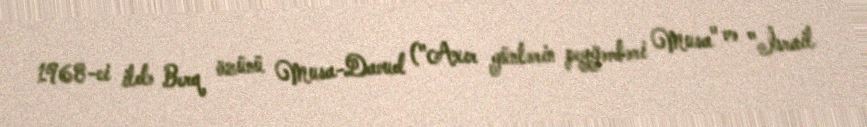
1968-ci ildə Berq özünü Musa-Davud ("Axır günlərin peyğəmbəri Musa" və "İsrail